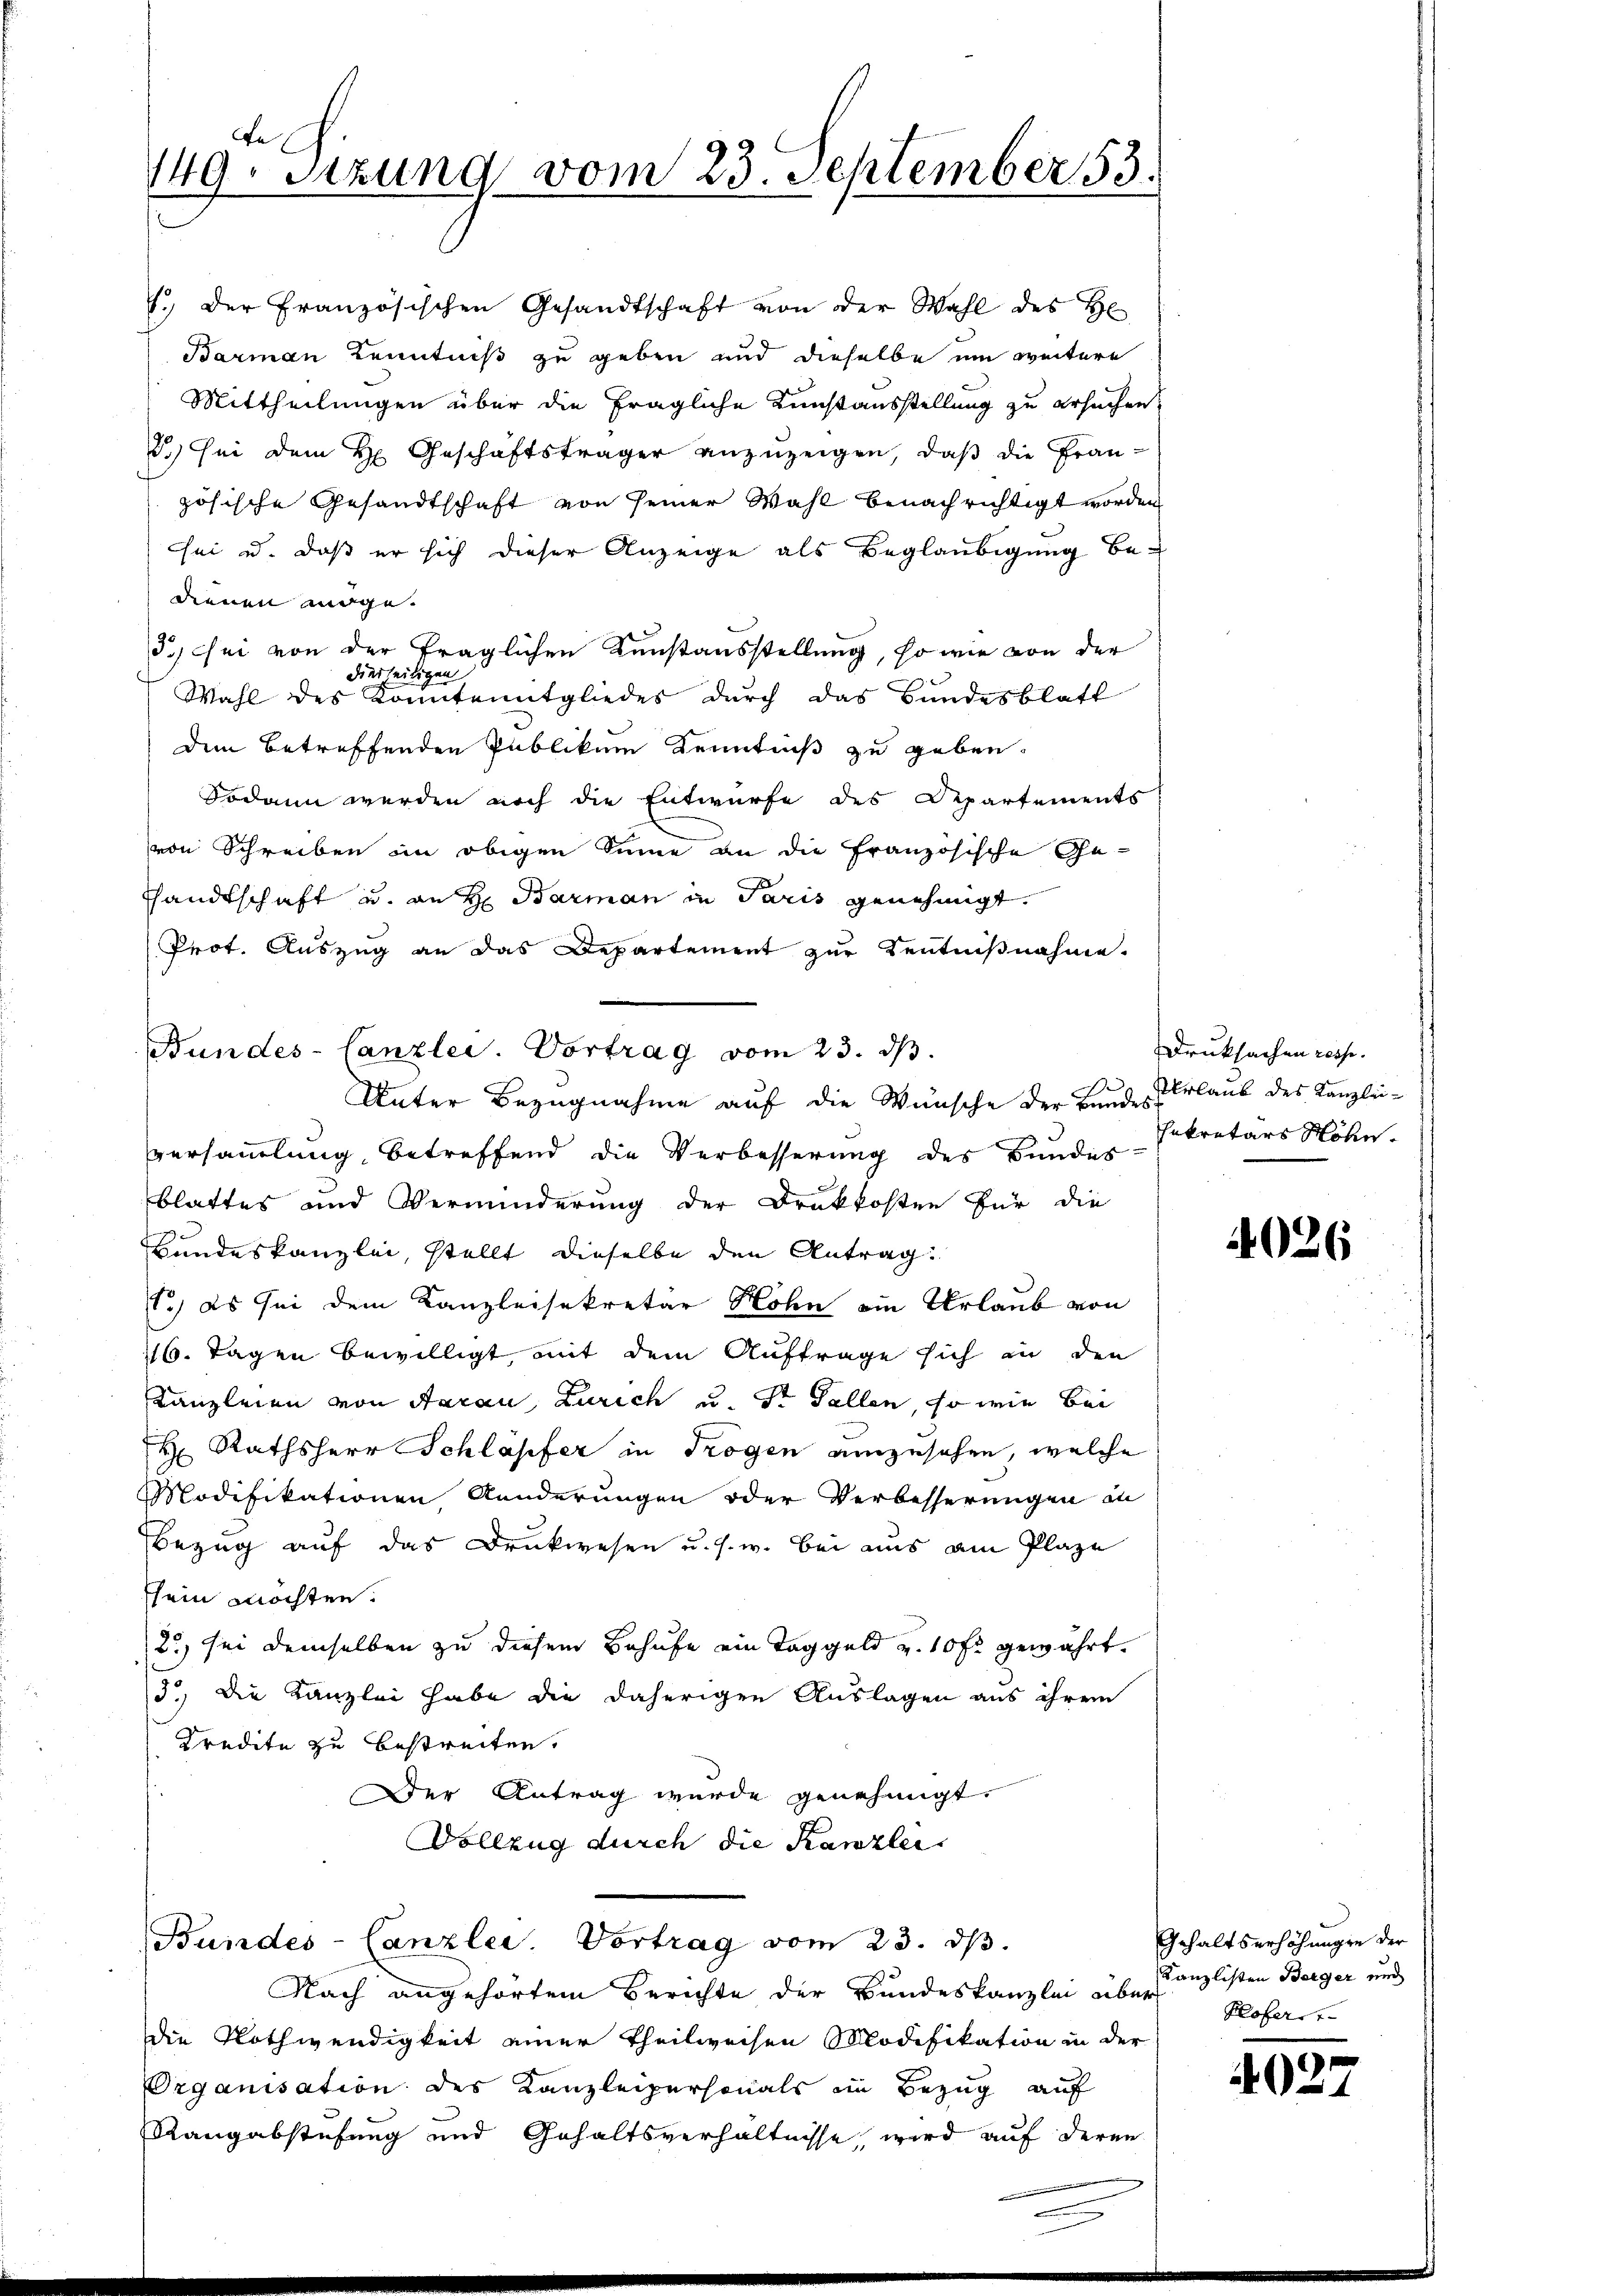
e
149. Sizung vom 23. September 53.

J. der Französischen Gesandtschaft von der Wahl des H
Barman Kenntniß zu geben und dieselbe um weitere
Mittheilungen über die fragliche Kunstausstellung zu ersuchen,
2.) Sei dem H. Geschäftsträger anzuzeigen, daß die Französische Gesandtschaft von seiner Wahl benachrichtigt worden
sei u. daß er sich dieser Anzeige als Beglaubigung be-
dienen möge.
d) sei von der fraglichen Kunstausstellung, so wie von der
dierseitigen
Wahl des Konntenitgliedes durch das Bundesblatt
dem betreffenden Publikum Kenntniß zu geben.
Sodann werden noch die Entwurfe des Departements
von Schreiben im obigen Sinne an die französische Ge-
shandtschaft u. an H: Barman in Paris genehmigt.
Prot. Auszug an das Departement zur Kentnißnahme.
Unter Bezugnahme auf die Wünsche der Baude Erlaub des Kanzlei-
versammlung betreffend die Verbesserung des Bundes-
blattes und Verminderung der Drakkosten für die
Bundeskanzlei, stellt dieselbe den Antrag.
1.) Es sei dem Kanzleisekretär Hohn ein Urlaub von
116. Tagen bewilligt mit dem Auftrage sich in den
KKanzleien von Aarau, Zürich u. St. Gallen, so wie bei
H Rathsherr Schlapfer in Trogen anzusehen, welche
Modifikationen Kunderungen oder Verbesserungen in
Bezug auf das Drukwesen u. s. w. bei aus am Plaze
ssein möchten.
2) sei demselben zu diesem Behufe ein Taggeld v. 10 fr. gewährt.
3.) Die Kanzlei habe die daherigen Auslagen aus ihrem
Kredite zu bestreiten.
Der Antrag wurde genehmigt.
Vollzug durch die Kanzlei

Bundes-Canzlei. Vortrag vom 23. dβ.

Bundes-Canzlei Vortrag vom 23. dβ.

Nach angehörtem Berichte der Bundeskanzlei über
die Nothwendigkeit einer Theilweisen Modifikation in der
Organisation des Kanzleipersonals im Bezug auf
Rangabstufung und Gehaltsverhältnisse, wird auf deren

Druksachen resse
sekretärs Söhn

4026

Gehaltserhöhungen der
Kanzlisten Berger und
Klofernt.

4027